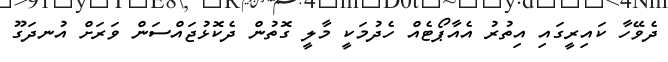
ދެވޭހާ ކައިރީގައި އިތުރު އެއާޕޯޓެއް ހެދުމަކީ މާލީ ގޮތުން ދެކޮޅުޖައްސަން ވަރަށް އުނދަގޫ